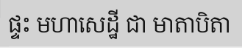
ផ្ទះ មហាសេដ្ឋី ជា មាតាបិតា